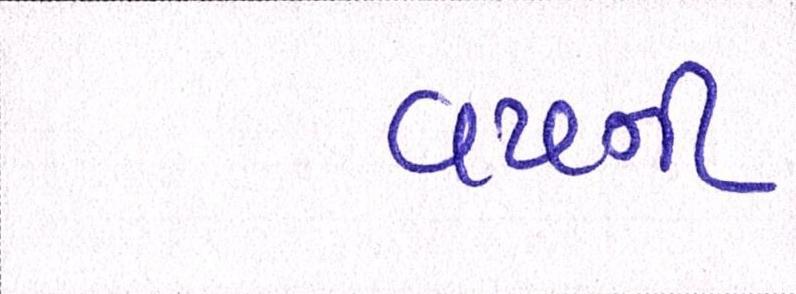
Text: વયની